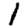
Digit: 1